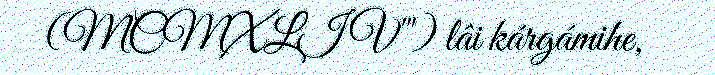
(MCMXLIV'") lâi kárgámihe,